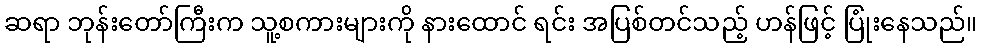
ဆရာ ဘုန်းတော်ကြီးက သူ့စကားများကို နားထောင် ရင်း အပြစ်တင်သည့် ဟန်ဖြင့် ပြုံးနေသည်။